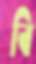
বি